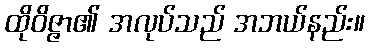
ထိုဝိဇ္ဇာ၏ အလုပ်သည် အဘယ်နည်း။